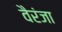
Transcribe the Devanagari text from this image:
वैरंजा